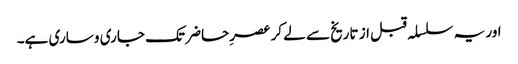
اور یہ سلسلہ قبل از تاریخ سے لے کر عصرِحاضر تک جاری و ساری ہے۔